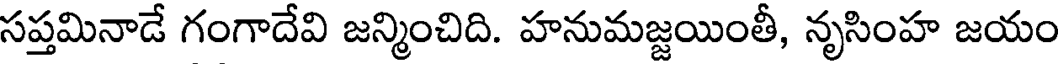
సప్తమినాడే గంగాదేవి జన్మించిది. హనుమజ్జయింతీ, నృసింహ జయం